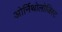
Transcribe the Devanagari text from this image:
ओर्निथोलोजिस्ट